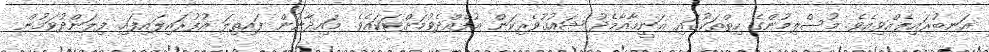
އަނބުރައިލެއްވިއެވެ. މުސްލިމުންގެ ހިތްތަކުގައި ޣަނީމާއާމެދު ޝައުޤުވެރިކަން އުފެއްދެވުމަށްޓަކައެވެ. މައިދާނުން ފައިތިލަ އުފުރައިލައިފައި ފިލަންދުވަމުން